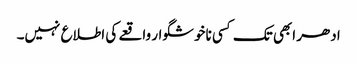
ادھر ابھی تک کسی ناخوشگوار واقعے کی اطلاع نہیں۔